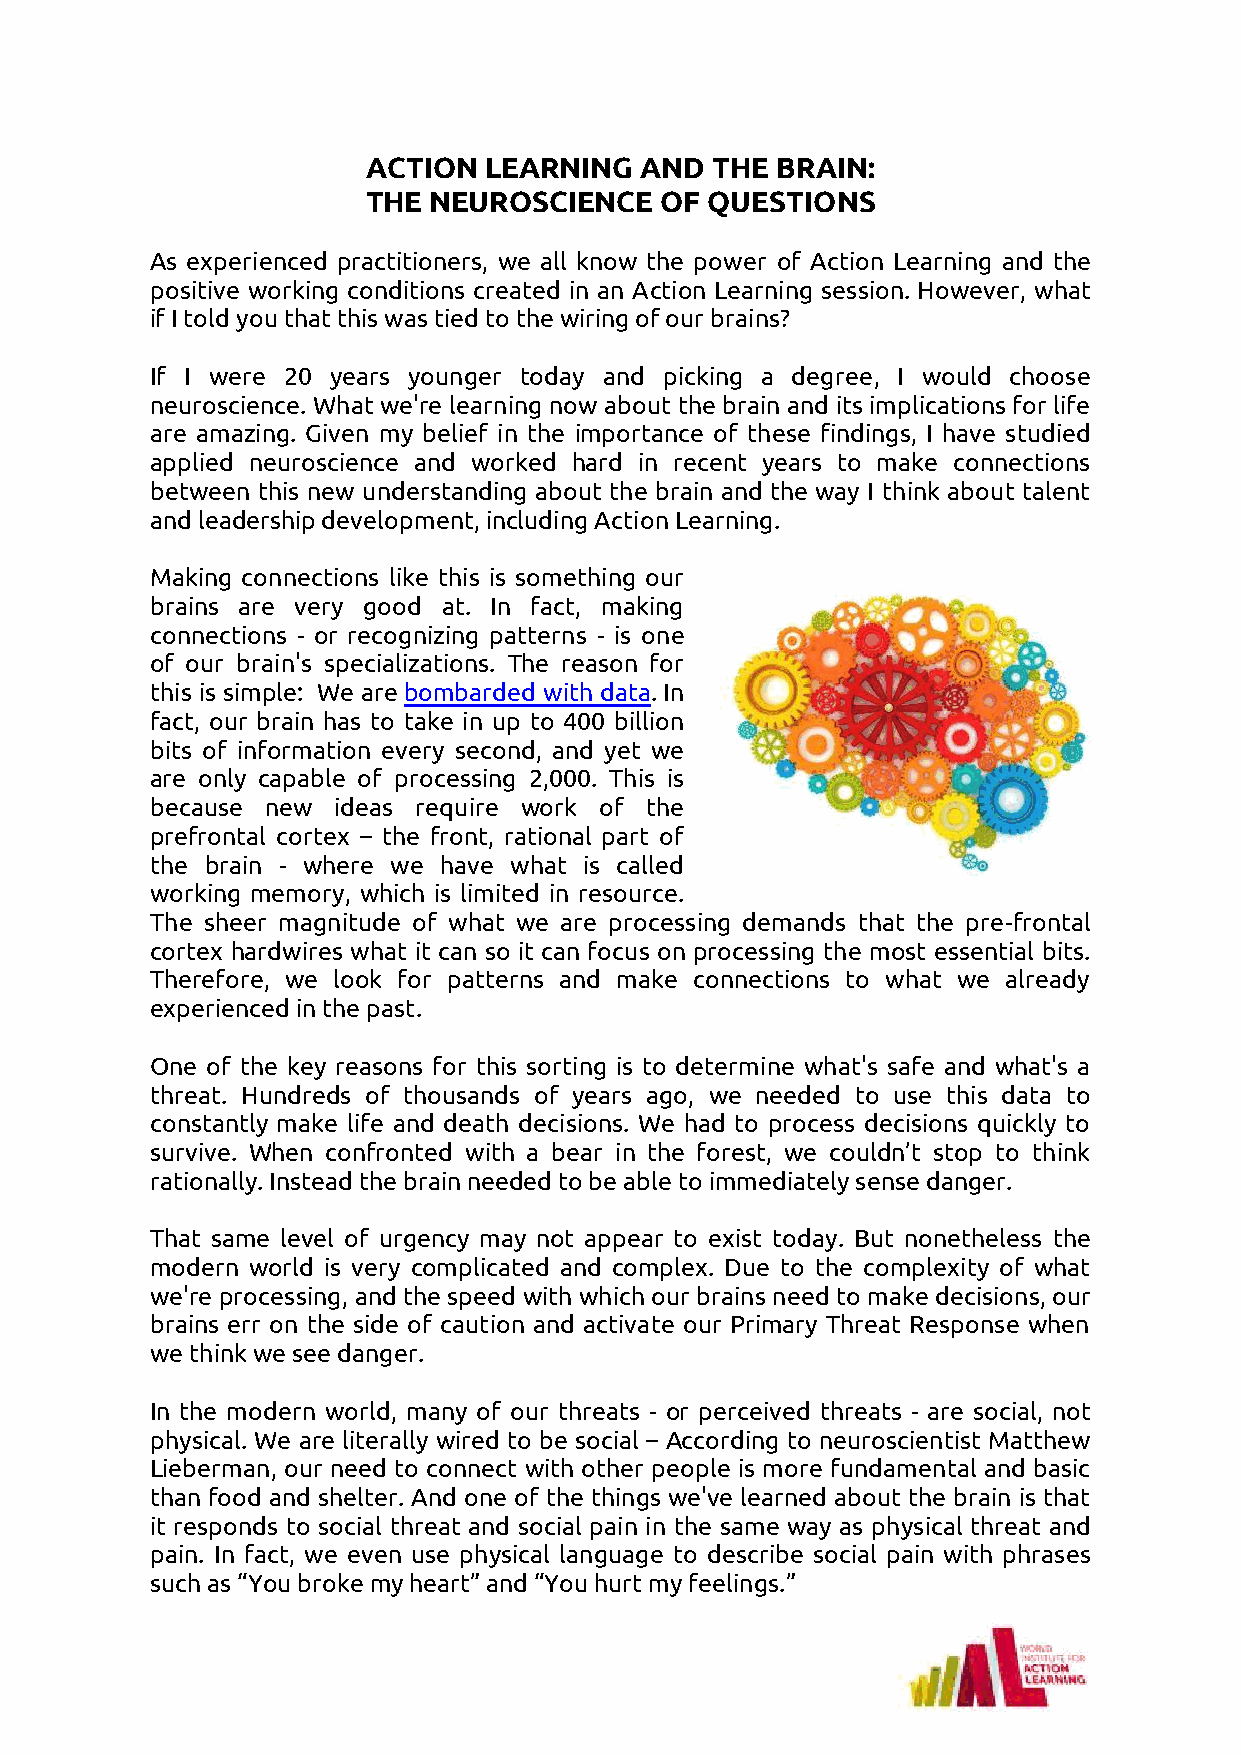
ACTION  LEARNING  AND  THE BRAIN:
 THE NEUROSCIENCE    OF QUESTIONS
 As experienced practitioners, we all know the power of Action Learning and the
 positive working conditions created in an Action Learning session. However, what
 if I told you that this was tied to the wiring of our brains?
 If I were 20 years younger today and picking a degree, I would choose
 neuroscience. What we're learning now about the brain and its implications for life
 are amazing. Given my belief in the importance of these findings, I have studied
 applied neuroscience and worked hard in recent years to make connections
 between this new understanding about the brain and the way I think about talent
 and leadership development, including Action Learning.
 Making connections like this is something our
 brains are very good at. In fact, making
 connections - or recognizing patterns - is one
 of our brain's specializations. The reason for
 this is simple: We are bombarded with data. In
 fact, our brain has to take in up to 400 billion
 bits of information every second, and yet we
 are only capable of processing 2,000. This is
 because new ideas require work of the
 prefrontal cortex – the front, rational part of
 the brain - where we have what is called
 working memory, which is limited in resource.
 The sheer magnitude of what we are processing demands that the pre-frontal
 cortex hardwires what it can so it can focus on processing the most essential bits.
 Therefore, we look for patterns and make connections to what we already
 experienced in the past.
 One of the key reasons for this sorting is to determine what's safe and what's a
 threat. Hundreds of thousands of years ago, we needed to use this data to
 constantly make life and death decisions. We had to process decisions quickly to
 survive. When confronted with a bear in the forest, we couldn’t stop to think
 rationally. Instead the brain needed to be able to immediately sense danger.
 That same level of urgency may not appear to exist today. But nonetheless the
 modern world is very complicated and complex. Due to the complexity of what
 we're processing, and the speed with which our brains need to make decisions, our
 brains err on the side of caution and activate our Primary Threat Response when
 we think we see danger.
 In the modern world, many of our threats - or perceived threats - are social, not
 physical. We are literally wired to be social – According to neuroscientist Matthew
 Lieberman, our need to connect with other people is more fundamental and basic
 than food and shelter. And one of the things we've learned about the brain is that
 it responds to social threat and social pain in the same way as physical threat and
 pain. In fact, we even use physical language to describe social pain with phrases
 such as “You broke my heart” and “You hurt my feelings.”